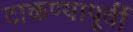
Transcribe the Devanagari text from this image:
टाकण्यापूर्वी